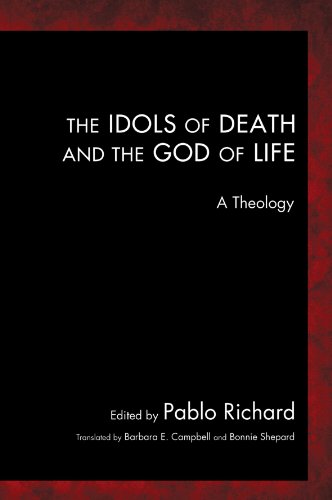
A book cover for The Idols of Death and the God of Life: A Theology; Pablo Richard; Christian Books & Bibles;